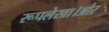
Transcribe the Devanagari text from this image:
रूपलेखा।और